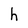
Character: h